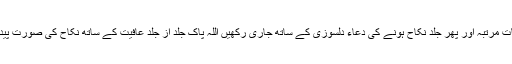
پڑھ کر سات مرتبہ اور پھر جلد نکاح ہونے کی دعاء دلسوزی کے ساتھ جاری رکھیں اللہ پاک جلد از جلد عافیت کے ساتھ نکاح کی صورت پیدا فرمادے۔